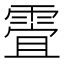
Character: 𲊀